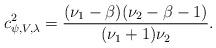
LaTeX: \begin{align*}c^2_{\psi, V,\lambda}=\frac{(\nu_1-\beta)(\nu_2-\beta-1)}{(\nu_1+1)\nu_2}.\end{align*}